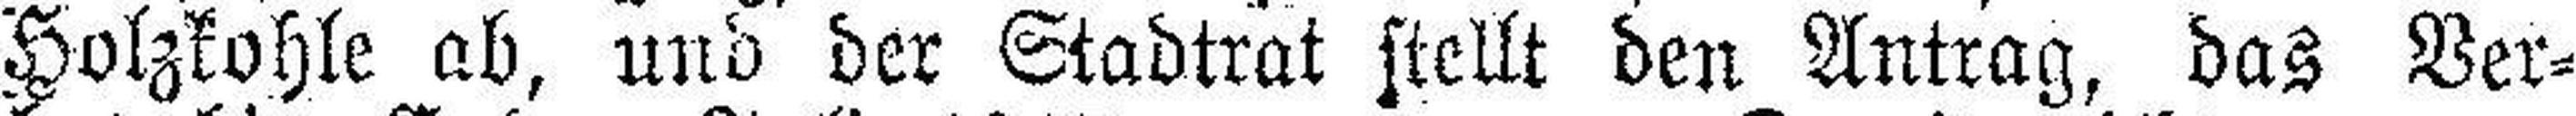
Holzkohle ab, und der Stadtrat stellt den Antrag, das Ver¬